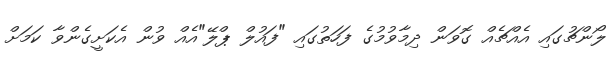
ލޯންޗުގައި އެއްޗެއް ގޮވަން ދިމާވުމުގެ ފަހަތުގައި "ފައުލް ޕްލޭ"އެއް ވުން އެކަށީގެންވާ ކަމަށް